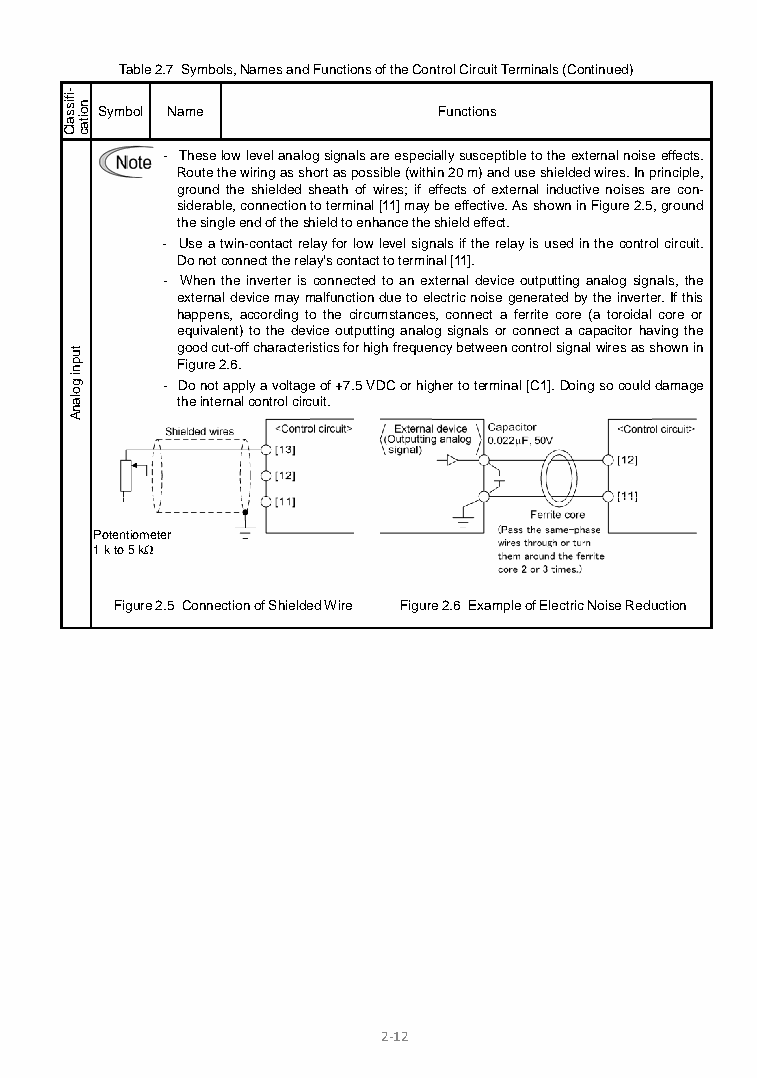
Table 2.7 Symbols, Names and Functions of the Control Circuit Terminals (Continued)
 Symbol Name            Functions
 - These low level analog signals are especially susceptible to the external noise effects.
 Route the wiring as short as possible (within 20 m) and use shielded wires. In principle,
 ground the shielded sheath of wires; if effects of external inductive noises are con-
 siderable, connection to terminal [11] may be effective. As shown in Figure 2.5, ground
 the single end of the shield to enhance the shield effect.
 - Use a twin-contact relay for low level signals if the relay is used in the control circuit.
 Do not connect the relay's contact to terminal [11].
 - When the inverter is connected to an external device outputting analog signals, the
 external device may malfunction due to electric noise generated by the inverter. If this
 happens, according to the circumstances, connect a ferrite core (a toroidal core or
 equivalent) to the device outputting analog signals or connect a capacitor having the
 good cut-off characteristics for high frequency between control signal wires as shown in
 Figure 2.6.
 - Do not apply a voltage of +7.5 VDC or higher to terminal [C1]. Doing so could damage
 the internal control circuit.
 Potentiometer
 1 k to 5 kΩ
 Figure 2.5 Connection of Shielded Wire Figure 2.6 Example of Electric Noise Reduction
 2-12
 -ifissalC
 tupni
 golanA
 noitac